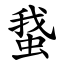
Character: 䖸